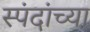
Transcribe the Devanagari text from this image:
स्पंदांच्या